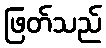
ဖြတ်သည်